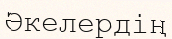
Әкелердің